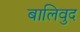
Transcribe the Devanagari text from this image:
बालिवुद